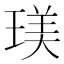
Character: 𤧞